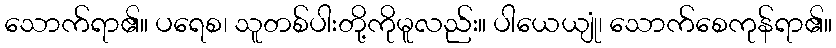
သောက်ရာ၏။ ပရေစ၊ သူတစ်ပါးတို့ကိုမူလည်း။ ပါယေယျုံ၊ သောက်စေကုန်ရာ၏။